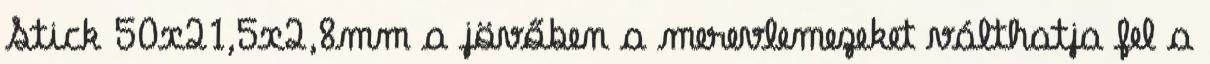
Stick 50x21,5x2,8mm a jövőben a merevlemezeket válthatja fel a